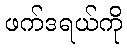
ဖက်ဒရယ်ကို